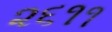
૨૬૧૧